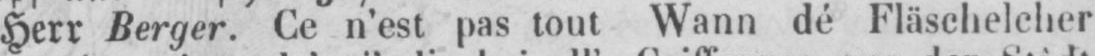
Herr Berger. Ce n’est pas tout Wann dé Fläschelcher